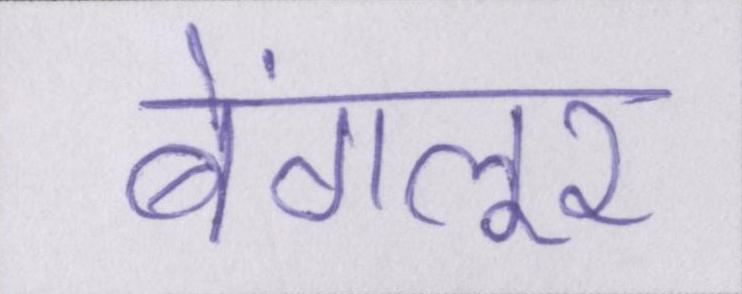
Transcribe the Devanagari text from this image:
बेंगलूर